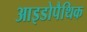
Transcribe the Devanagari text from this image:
आइडोपैथिक